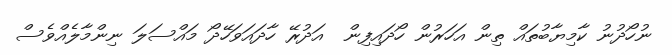
ނުހޯދުނު ކާމިޔާބުތައް ތިން އަހަރުން ހޯދައިފިން  އަދުރޭ ހާދައަވަހޭދޯ މައްސަލަ ނިންމާލެއްވެސް